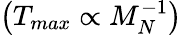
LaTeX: \left(T_{max}\propto M_{N}^{-1}\right)